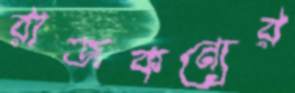
রাজকন্যের